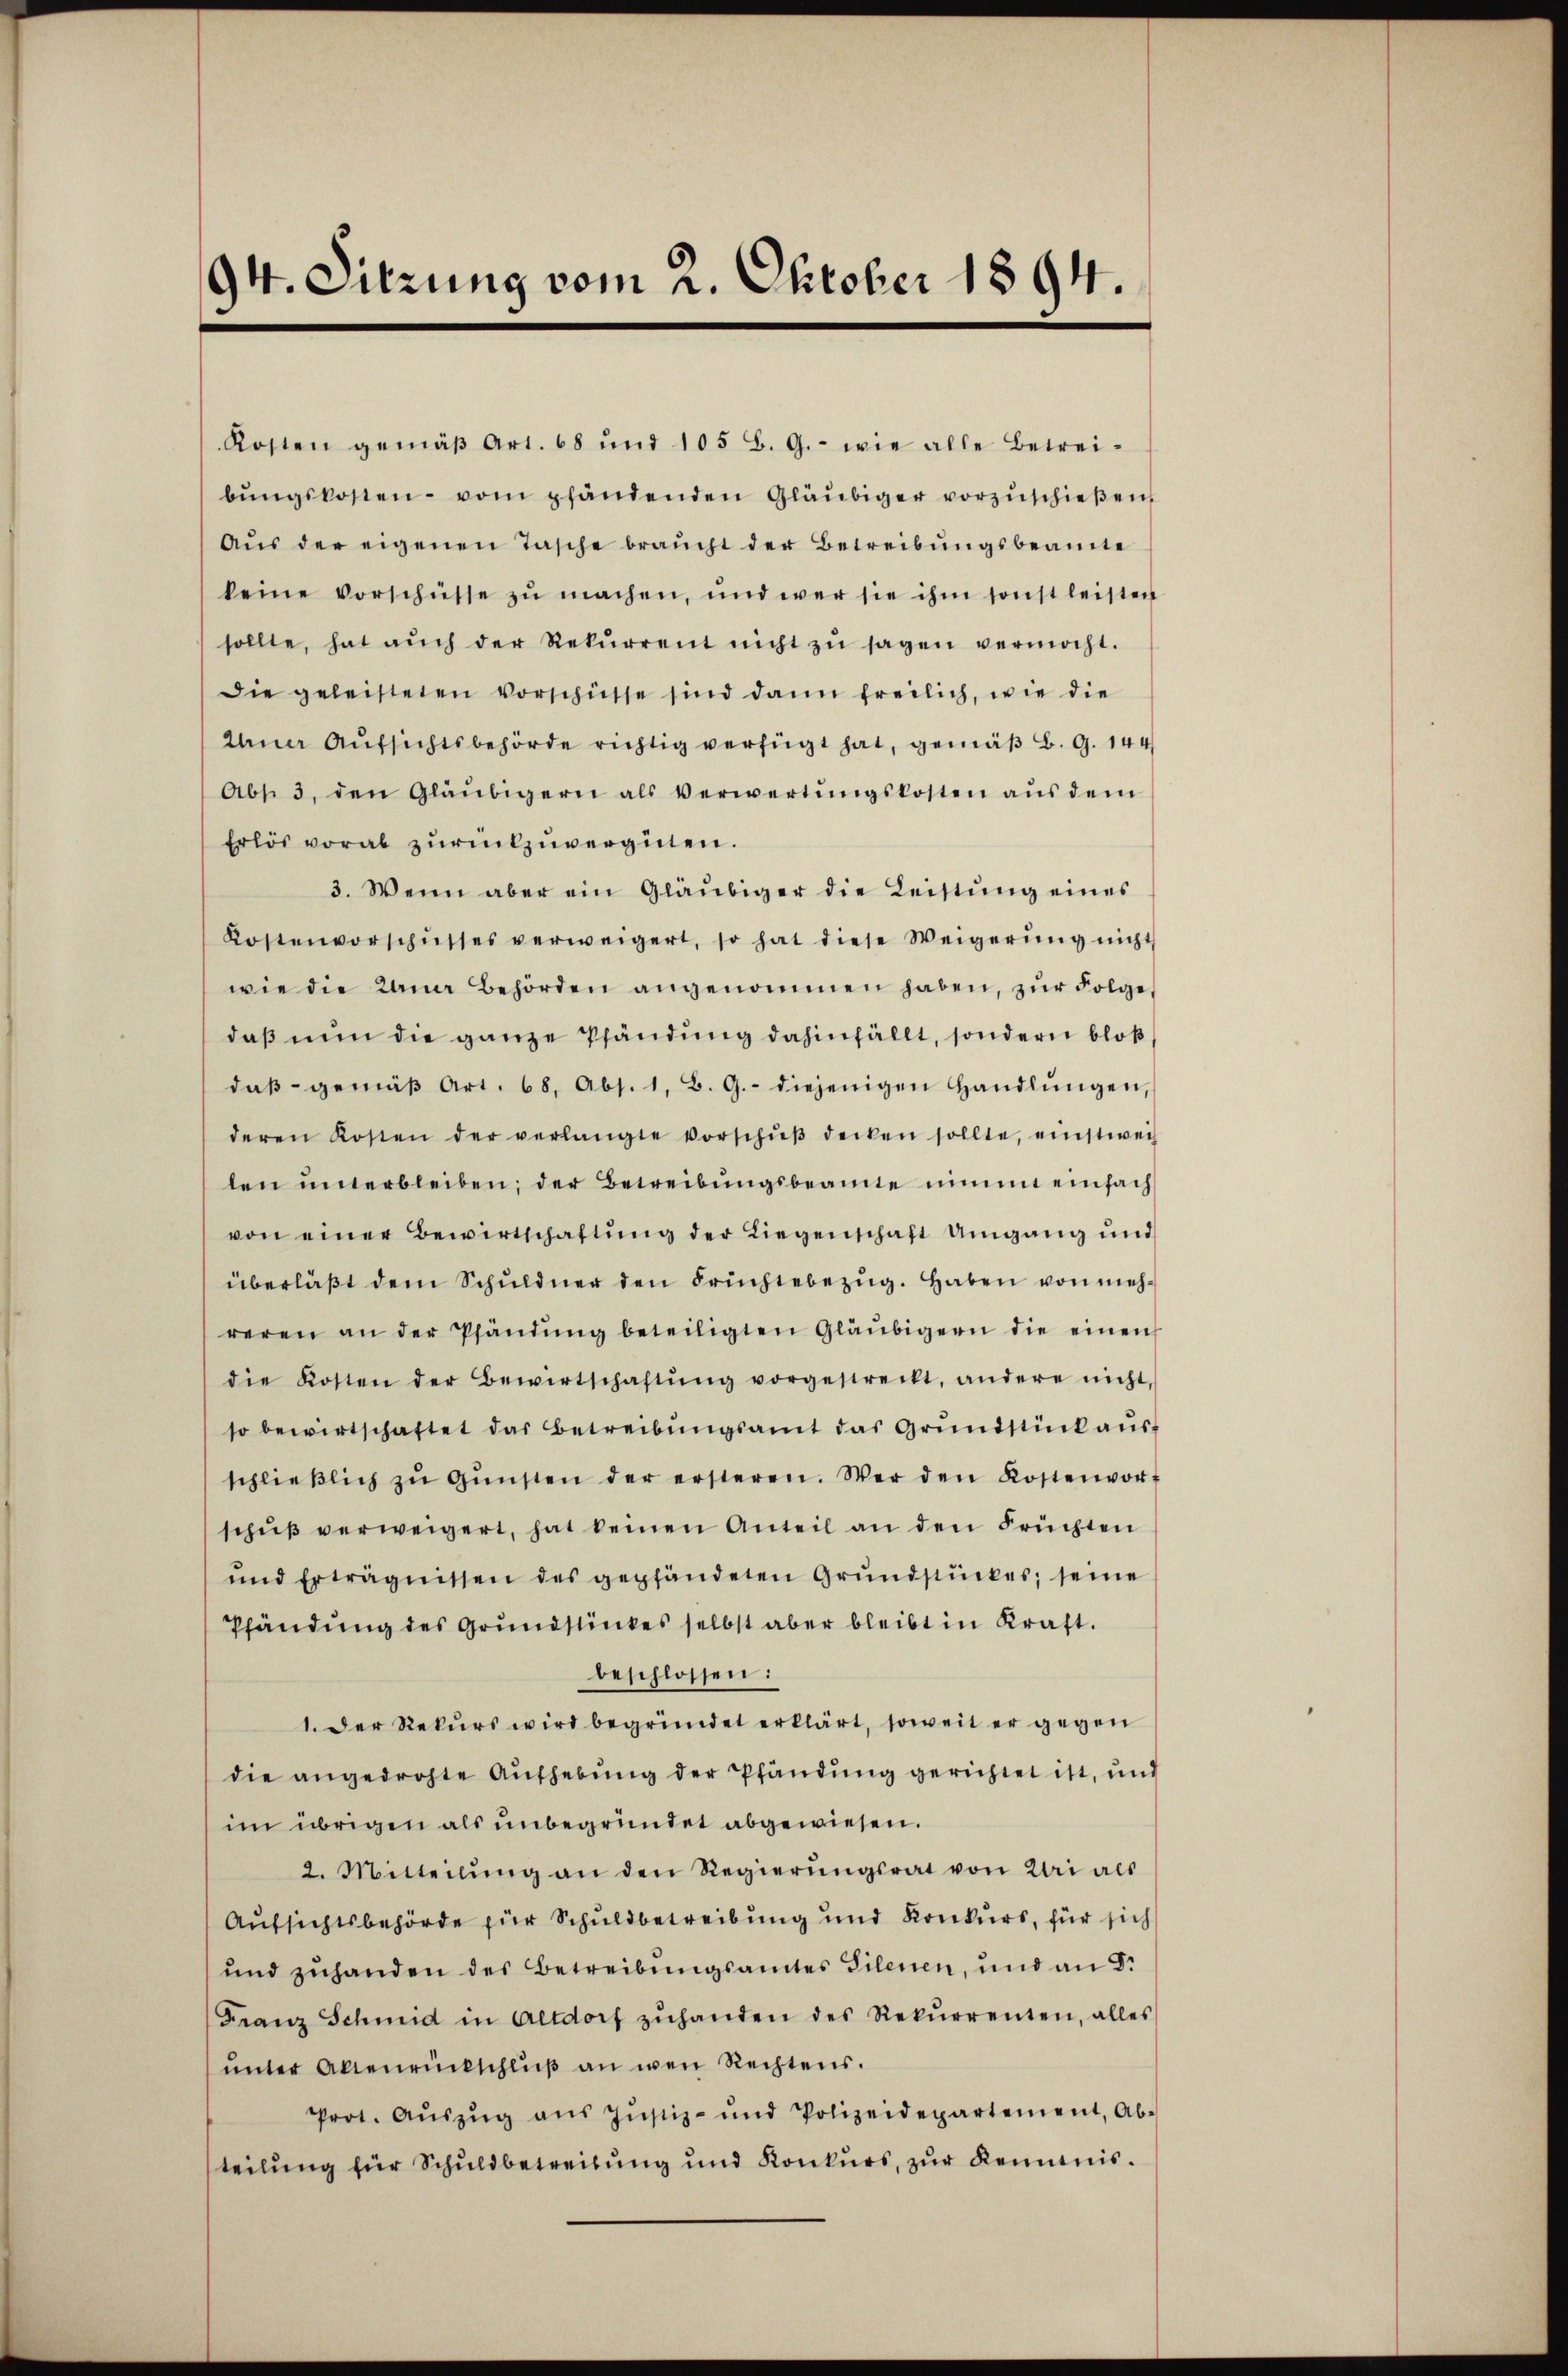
94. Sitzung vom 2. Oktober 1894.

Kosten gemäβ Art. 68 und 105 B. G. - wie alle Betreibŭngskosten vom pfändenden Gläubiger vorzŭschieβen
Aŭs der eigenen Tasche braucht der Betreibŭngsbeamte
keine Vorschüsse zŭ machen, und wer sie ihm sonst leisten
sollte, hat aŭch der Rekŭrrent nicht zŭ sagen vermocht.
Die geleisteten Vorschüsse sind dann freilich, wie die
Inner Aufsichtsbehörde richtig verfügt hat, gemäß B. G. 144
Abs. 3. den Gläubigern als Verwertŭngskosten aŭs dem
Erlös vorab zurückzuvergüten.
3. Wenn aber ein Gläubiger die Leistŭng eines
Kostenvorschusses verweigert, so hat diese Weigerŭng nicht
wie die Kana Behörden angenommen haben, zŭr Folge,
daß nun die ganze Pfändung dahinfällt, sondern bloß
daβ gemäβ Art. 68, Abs. 1, B. G. diejenigen Handlŭngen,
deren Kosten der verlangte Vorschŭβ decken sollte, einstwei
len ŭnterbleiben; der Betreibŭngsbeamte nimmt einfach
von einer Bewirtschaftŭng der Liegenschaft Umgang und
überläβt dem Schuldner den Früchtebezŭg. Haben von mehreren an der Pfändŭng beteiligten Gläubigern die einen
die Kosten der Bewirtschaftŭng vorgestreckt, andere nicht
so bewirtschaftet das Betreibŭngsamt das Grŭndstück aŭs-
schlieβlich zŭ Gŭnsten der ersteren. Wer den Kostenvor-
schŭβ verweigert, hat keinen Anteil an den Früchten
und Erträgnissen des gepfändeten Grundstückes, seine
Pfändung des Grundstückes selbst aber bleibt in Kraft.
beschlossen:
1. Der Rekurs wird begründet erklärt, soweit er gegen
die angedrohte Aufhebung der Pfändung gerichtet ist, und
im übrigen als unbegründet abgewiesen.
2. Mitteilŭng an den Regierŭngsrat von Uri als
Aufsichtsbehörde für Schuldbetreibung und Konkurs, für sich
und zuhanden des Betreibungsamtes Gilenen, und an Dr
Franz Schmid in Altdorf zŭhanden des Rekurrenten, alles
ŭnter Altenrückschlŭβ an wen Rechtens.
Prot. Aŭszŭg aŭs Jŭstiz- und Polizeidepartement, Ab-
teilung für Schuldbetreitung und Konkurs, zur Kenntnis¬